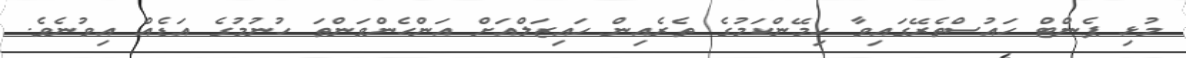
މުޅި ޕެންޓް ހައުސްތެރޭގައިވާ ހިމޭންކަމުގެ ތެރެއިން ހައިޒަލްއަށް އަންހެންވަންތަ ހުނުމުގެ އަޑެއް އިވުނެވެ.